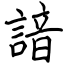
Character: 諳